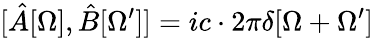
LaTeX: [\hat{A}[\Omega],\hat{B}[\Omega^{\prime}]]=ic\cdot 2\pi\delta[\Omega+\Omega^{\prime}]